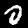
Digit: 0